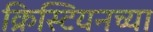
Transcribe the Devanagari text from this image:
क्रिस्टियनच्या